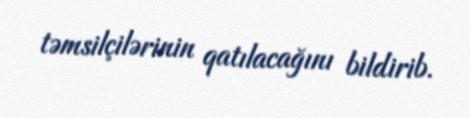
təmsilçilərinin qatılacağını bildirib.